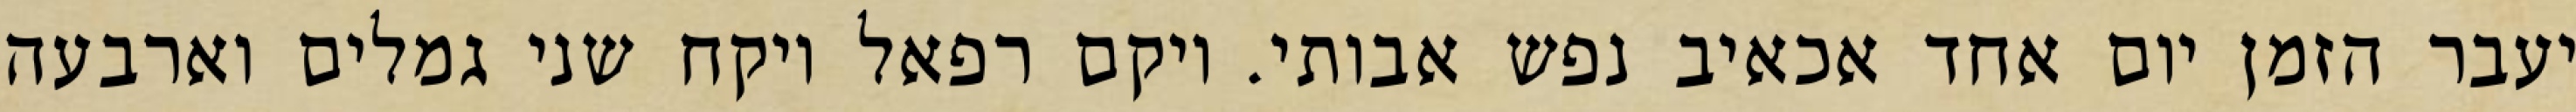
יעבר הזמן יום אחד אכאיב נפש אבותי. ויקם רפאל ויקח שני גמלים וארבעה